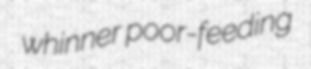
whinner poor-feeding